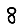
Digit: 8